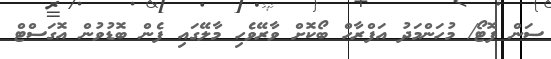
ސަން ފޮޓޯ/ މުހަންމަދު އަފްރާހް ބޯކޮށް ވާރޭވެހި މާލޭގައި ފެން ބޮޑުވުން އޮގަސްޓް